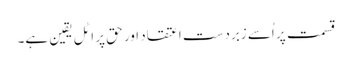
قسمت پر اُسے زبردست اعتقاد اور حق پر اٹل یقین ہے۔